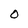
Character: O